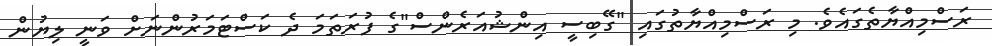
ރަސްމިއްޔާތެގައެވެ. މި ރަސްމިއްޔާތުގައި "ގޭބިސީ އިންޝުއަރެންސް"ގެ ފުރަތަމަ ދެ ކަސްޓަމަރުންނަށް ވަނީ ލިޔުން